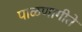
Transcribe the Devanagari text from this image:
पाळणागीते